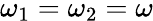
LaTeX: \omega_{1}=\omega_{2}=\omega